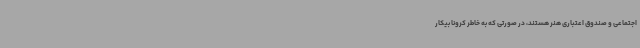
اجتماعی و صندوق اعتباری هنر هستند، در صورتی که به خاطر کرونا بیکار